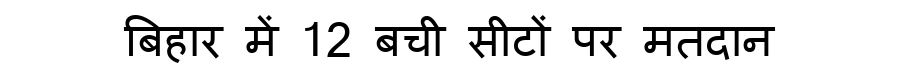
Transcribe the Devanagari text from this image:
बिहार में 12 बची सीटों पर मतदान